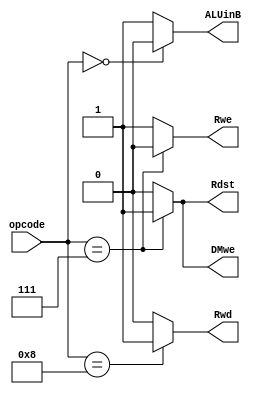
module control (ALUinB, DMwe, Rwe, Rdst, Rwd, opcode);

	input [4:0] opcode;
	output ALUinB, DMwe, Rwe, Rdst, Rwd;
	
	assign ALUinB = (opcode == 5'b00000) ? 1'b0 : 1'b1;
	assign DMwe = (opcode == 5'b00111) ? 1'b1 : 1'b0;
	assign Rwe = (opcode == 5'b00111) ? 1'b0 : 1'b1;
	assign Rdst = (opcode == 5'b00111) ? 1'b1 : 1'b0;
	assign Rwd = (opcode == 5'b01000) ? 1'b1 : 1'b0;
endmodule